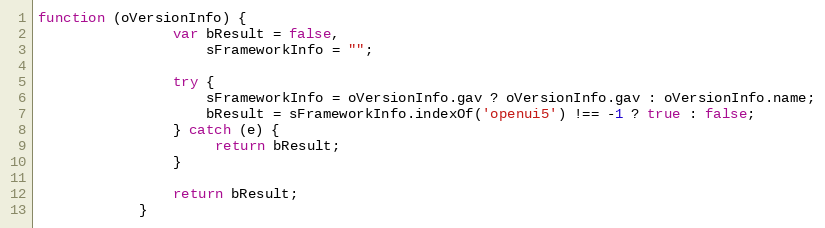
Language: JavaScript
function (oVersionInfo) {
				var bResult = false,
					sFrameworkInfo = "";

				try {
					sFrameworkInfo = oVersionInfo.gav ? oVersionInfo.gav : oVersionInfo.name;
					bResult = sFrameworkInfo.indexOf('openui5') !== -1 ? true : false;
				} catch (e) {
					 return bResult;
				}

				return bResult;
			}